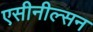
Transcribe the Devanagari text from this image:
एसीनील्सन